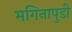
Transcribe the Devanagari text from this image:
मगिनापुडी